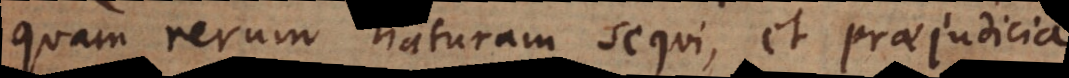
quam rerum naturam sequi, et praejudicia